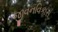
જીવનવિકાસ